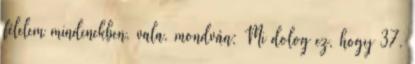
félelem mindenekben, vala, mondván: Mi dolog ez, hogy 37.